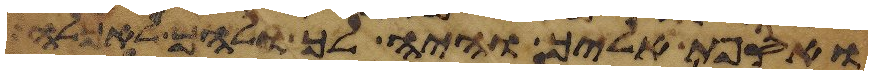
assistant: ואספת אליך והיה לך ולהם לאכלה